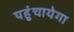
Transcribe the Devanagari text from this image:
पहुंचायेगा